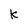
Character: k